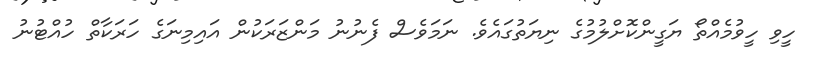
ހީވި ހީވުމެއްތޯ ޔަގީންކޮށްލުމުގެ ނިޔަތުގައެވެ. ނަމަވެސް ފެނުނު މަންޒަރަކުން އައިމިނަގެ ހަރަކާތް ހުއްޓުނު